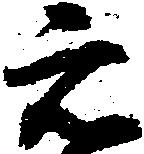
元